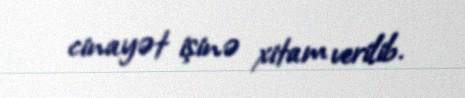
cinayət işinə xitam verilib.